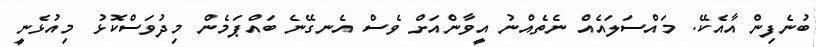
ބުނެފިން އާއެކޭ. މައްސަލައެއް ނެތެއްނު އީވާންއަށް ވެސް އެނގޭނެ ބައްޕަމެން މިދުވަސްކޮޅު މިއުޅެނީ